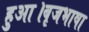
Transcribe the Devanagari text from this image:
हुआ।बृजभाषा